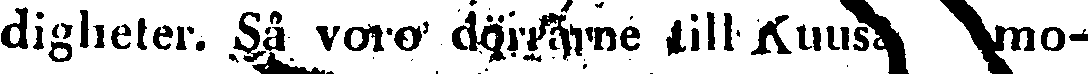
digheter. Så voro dörrarne till Kuusamo-